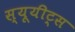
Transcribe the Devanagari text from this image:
स्यूयीट्स